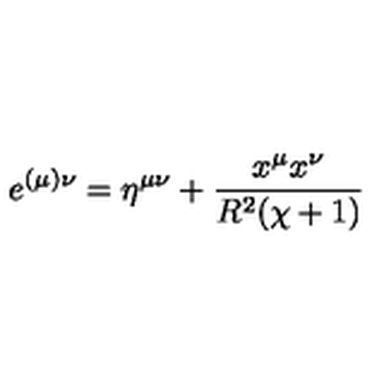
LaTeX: e ^ { ( \mu ) \nu } = \eta ^ { \mu \nu } + \frac { x ^ { \mu } x ^ { \nu } } { R ^ { 2 } ( \chi + 1 ) }